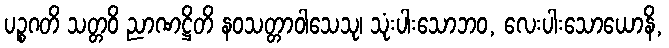
ပဉ္စဂတိ သတ္တဝိ ညာဏဋ္ဌိတိ နဝသတ္တာဝါသေသု၊ သုံးပါးသောဘဝ, လေးပါးသောယောနိ,